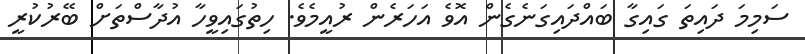
ސަމިމަ ދައިތަ ގައިގާ ބައްދައިގަނެގެން އޮވެ އަހަރެން ރުއީމެވެ. ހިތުގައިވީހާ އުދާސްތަށް ބޭރުކުރީ